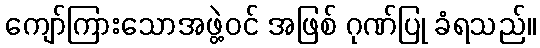
ကျော်ကြားသောအဖွဲ့ဝင် အဖြစ် ဂုဏ်ပြု ခံရသည်။